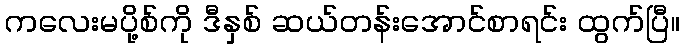
ကလေးမပို့စ်ကို ဒီနှစ် ဆယ်တန်းအောင်စာရင်း ထွက်ပြီ။